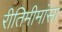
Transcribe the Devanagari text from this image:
रीतिमीमांसा